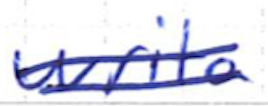
Text: write
Cross-out: double-line
Writing tool: ballpoint